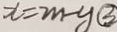
x = 2 m - y \textcircled { 3 }